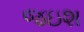
જઇશ